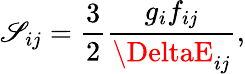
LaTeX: \mathscr{S}_{ij}=\frac{{3}}{{2}}\frac{{g_{i}f_{ij}}}{{\DeltaE_{ij}}},